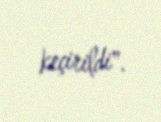
keçirildi".